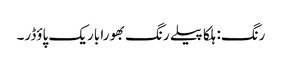
رنگ: ہلکا پیلے رنگ بھورا باریک پاؤڈر۔